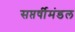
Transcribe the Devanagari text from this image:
सप्तर्षीमंडल